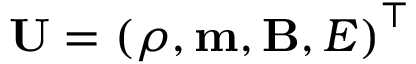
\mathbf { U } = \left( \rho , \mathbf { m } , \mathbf { B } , E \right) ^ { \top }